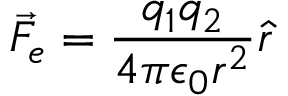
{ \vec { F } } _ { e } = { \frac { q _ { 1 } q _ { 2 } } { 4 \pi \epsilon _ { 0 } r ^ { 2 } } } { \hat { r } }